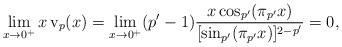
LaTeX: \begin{align*}\displaystyle\lim_{x \rightarrow 0^+} x \operatorname{v}_p(x)=\displaystyle\lim_{x \rightarrow 0^+}(p'-1)\frac{x\cos_{p'}(\pi_{p'} x)}{[\sin_{p'}(\pi_{p'} x)]^{2-p'}}=0,\end{align*}